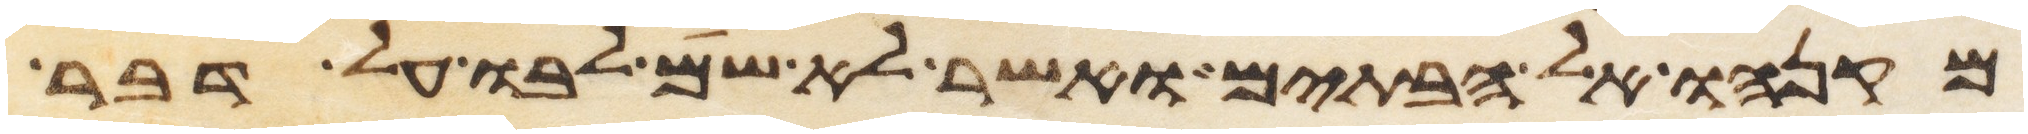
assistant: מקנהו אל הבתים ואשר לא שם לבו על דבר